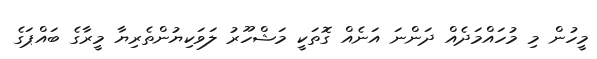
މީހުން މި މުހައްމަދެއް ދަންނަ އަނެއް ގޮތަކީ މަޝްހޫރު ލަވަކިޔުންތެރިޔާ މީރާގެ ބައްޕަގެ